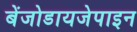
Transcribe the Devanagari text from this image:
बेंजोडायजेपाइन